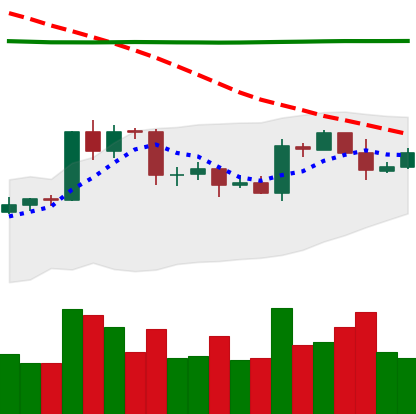
Ticker: EOS-USD
Chart end date: 2020-04-22
Forward return: 4.81%
Label: up_3_5